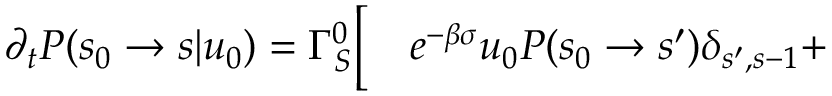
\begin{array} { r l } { \partial _ { t } P ( s _ { 0 } \to s | u _ { 0 } ) = \Gamma _ { S } ^ { 0 } \biggl [ } & { { } e ^ { - \beta \sigma } u _ { 0 } P ( s _ { 0 } \to s ^ { \prime } ) \delta _ { s ^ { \prime } , s - 1 } + } \end{array}